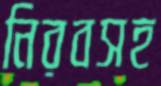
নিরবসহ